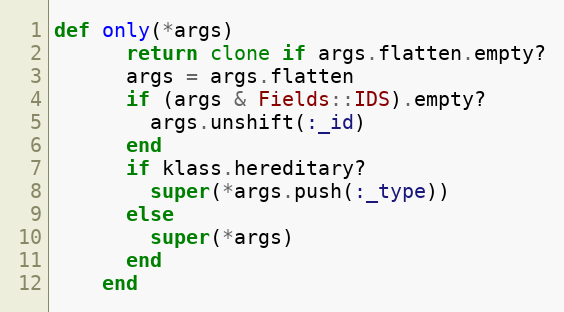
Language: Ruby
def only(*args)
      return clone if args.flatten.empty?
      args = args.flatten
      if (args & Fields::IDS).empty?
        args.unshift(:_id)
      end
      if klass.hereditary?
        super(*args.push(:_type))
      else
        super(*args)
      end
    end